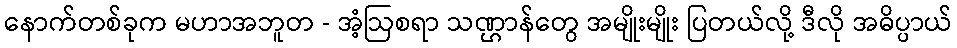
နောက်တစ်ခုက မဟာအဘူတ - အံ့ဩစရာ သဏ္ဌာန်တွေ အမျိုးမျိုး ပြတယ်လို့ ဒီလို အဓိပ္ပာယ်